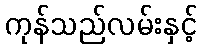
ကုန်သည်လမ်းနှင့်